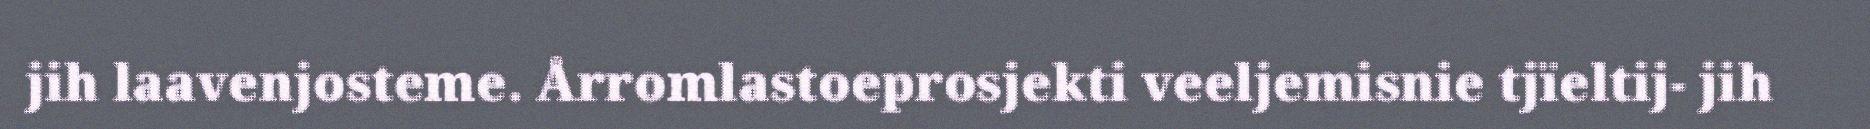
jih laavenjosteme. Årromlastoeprosjekti veeljemisnie tjïeltij- jih